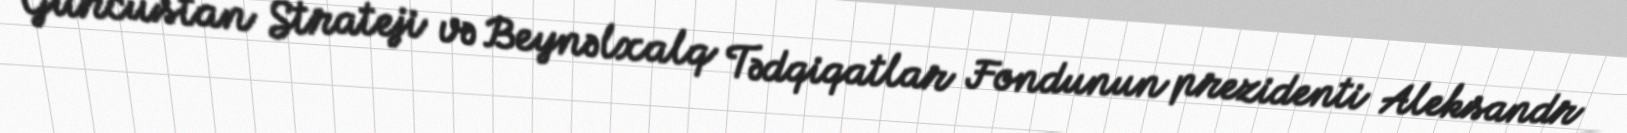
Gürcüstan Strateji və Beynəlxalq Tədqiqatlar Fondunun prezidenti Aleksandr